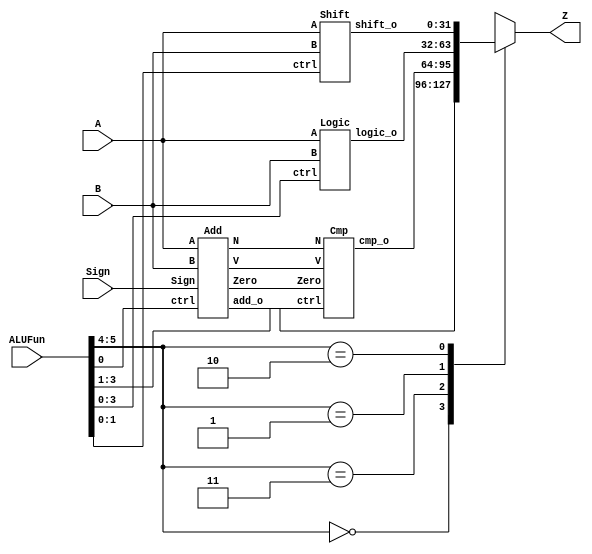
// -*- coding:utf-8 -*-  
// Created by Lin, Tzu-Heng
// Created on 2016.6.24 15:40
// All rights reserved

module ALU(
	input [31:0] A,			// Op 1
	input [31:0] B,			// Op 2
	input [5:0] ALUFun,		// Function Code
	input Sign,		 		// Sign
	output reg [31:0] Z 	// Output
);
wire Zero;		// Zero
wire V; 		// Overflow
wire N; 		// Negative
wire [31:0] add_o;		//Adder output
wire [31:0] cmp_o;		//Compare output 
wire [31:0] logic_o;	//Logic output
wire [31:0] shift_o;	//Shift output
Add add_t(
	.A		(A),
	.B		(B),
	.ctrl	(ALUFun[0]),
	.Sign	(Sign),
	.Zero	(Zero),
	.V		(V),
	.N		(N),
	.add_o	(add_o)
);
Cmp cmp_t(
	.Zero	(Zero),
	.V		(V),
	.N		(N),
	.ctrl	(ALUFun[3:1]),
	.cmp_o	(cmp_o)
);
Logic logic_t(
	.A		(A),
	.B		(B), 
	.ctrl	(ALUFun[3:0]),
	.logic_o(logic_o)
);
Shift shift_t(
	.A		(A),
	.B		(B),
	.ctrl	(ALUFun[1:0]),
	.shift_o(shift_o)
);
// The last 4:1 MUX
always @(*) begin
	case (ALUFun[5:4])
		2'b00 : Z = add_o;
		2'b11 : Z = cmp_o;
		2'b01 : Z = logic_o;
		2'b10 : Z = shift_o;
		default : Z = 0;
	endcase
end
endmodule





// Add OK
module Add(
	input [31:0] A,		// Op 1
	input [31:0] B,		// Op 2
	input ctrl,			// Control 
	input Sign,			// Unsigned or not
	output Zero,		// Zero
	output V,			// Overflow
	output N,			// Negative
	output [31:0] add_o	// Output
);
// Extend to 33 bits
wire [32:0] A_t = A + 32'b0;									// Extended 33 bits A
wire [32:0] B_t = ctrl ? (~(B + 32'b0) + 1'b1) : (B + 32'b0);	// Extended 33 bits B
wire [32:0] add_o_t = A_t + B_t;								// Extended 33 bits A + B

assign add_o = add_o_t[31:0];						// A + B
assign Zero = (add_o_t == 0);						// Zero
assign V = Sign ? 
			( (~A[31] & ~B_t[31] & add_o[31]) 
				| (A_t[31] & B_t[31] & ~add_o[31]) )// Signed :  or 
			: ( add_o_t[32] ) ; 					// Unsigned
assign N = Sign ? 
			( (add_o[31] & ~V) | (~add_o[31] & V) ) // Signed :  &    & 
			: (ctrl & V);  							// Unsigned :  & 
endmodule




// Compare OK
module Cmp(
	input Zero,
	input V,
	input N,
	input [3:1] ctrl,
	output reg [31:0] cmp_o
);
always @(*) begin
	cmp_o[31:1] = 31'b0; 
	case (ctrl)
		3'b001 : cmp_o[0] = Zero ; 			// EQ  A == B
		3'b000 : cmp_o[0] = ~Zero;			// NEQ A != B
		3'b010 : cmp_o[0] = N; 				// LT  A < B
		3'b110 : cmp_o[0] = N | Zero;		// LEZ A <= 0
		3'b101 : cmp_o[0] = N;				// LTZ A < 0
		3'b111 : cmp_o[0] = ~(N | Zero);	// GTZ A > 0
		default: cmp_o[0] = 1'b0;			// else
	endcase
end
endmodule




// Logic OK
module Logic(
	input [31:0] A,
	input [31:0] B, 
	input [3:0] ctrl,
	output reg [31:0] logic_o
);
always @(*) begin
	case (ctrl)
		4'b1000 : logic_o = A & B;		// A & B
		4'b1110 : logic_o = A | B;		// A | B
		4'b0110 : logic_o = A ^ B;		// A ^ B
		4'b0001 : logic_o = ~ (A | B);	// ~(A | B)
		4'b1010 : logic_o = A;			// A
		default : logic_o = 32'b0;		// else
	endcase
end
endmodule





// Shift OK
module Shift(
	input [31:0] A,
	input [31:0] B,
	input [1:0] ctrl,
	output [31:0] shift_o
);
wire [31:0] out_16, out_8, out_4, out_2;

// 168421 bits Shifts
Shift_splited #(.amount(16)) shift_16(.in_put(B),.ctrl(ctrl),.enable(A[4]),.out_put(out_16));
Shift_splited #(.amount(8)) shift_8(.in_put(out_16),.ctrl(ctrl),.enable(A[3]),.out_put(out_8));
Shift_splited #(.amount(4)) shift_4(.in_put(out_8),.ctrl(ctrl),.enable(A[2]),.out_put(out_4));
Shift_splited #(.amount(2)) shift_2(.in_put(out_4),.ctrl(ctrl),.enable(A[1]),.out_put(out_2));
Shift_splited #(.amount(1)) shift_1(.in_put(out_2),.ctrl(ctrl),.enable(A[0]),.out_put(shift_o));
endmodule





// 16, 8, 4, 2, 1 bits Shifts OK
module Shift_splited
#(
	parameter amount = 1
)
(
	input [31:0] in_put,
	input [1:0] ctrl,
	input enable,
	output reg [31:0] out_put
);
wire signed [31:0] signed_in_put = in_put;
always @(*) begin
	if (enable) begin
		case(ctrl)
			2'b00 : out_put = in_put << amount; 		// SLL 100000 S = B <<A[4:0]
			2'b01 : out_put = in_put >> amount; 		// SRL 100001 S = B >>A[4:0]
			2'b11 : out_put = signed_in_put >>> amount; // SRA 100011 S = B >>a[4:0] arithmetic shift
			default : out_put = in_put;
		endcase
	end
	else begin
		out_put = in_put;	
	end
end
endmodule